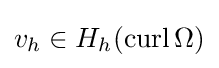
v_{h}\in H_{h}(\operatorname {curl} \Omega )